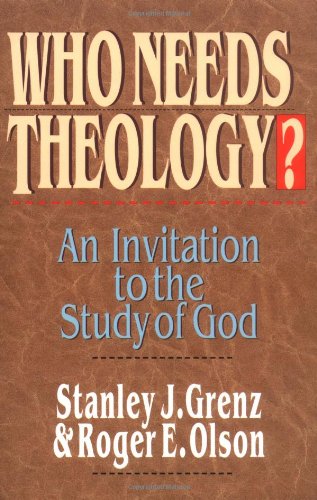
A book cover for Who Needs Theology?: An Invitation to the Study of God; Stanley J. Grenz; Christian Books & Bibles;